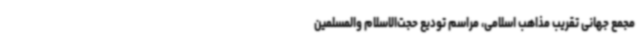
مجمع جهانی تقریب مذاهب اسلامی، مراسم تودیع حجت‌الاسلام والمسلمین